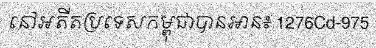
នៅអតីតប្រទេសកម្ពុជាបានអាន៖ 1276Cd-975